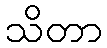
သိတာ